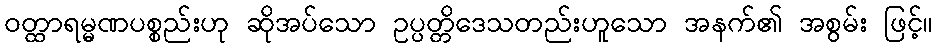
ဝတ္ထာရမ္မဏပစ္စည်းဟု ဆိုအပ်သော ဥပ္ပတ္တိဒေသတည်းဟူသော အနက်၏ အစွမ်း ဖြင့်။